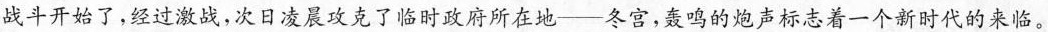
战斗开始了，经过激战，次日凌晨攻克了临时政府所在地--冬宫，轰鸣的炮声标志着一个新时代的来临。